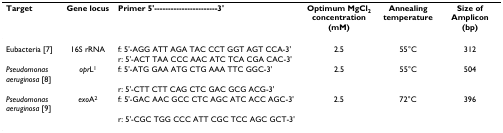
<table><thead><tr><td><b>Target</b></td><td><b>Gene locus</b></td><td><b>Primer 5&#x27;-----------------------3&#x27;</b></td><td><b>Optimum MgCl<sub>2 </sub>concentration (mM)</b></td><td><b>Annealing temperature</b></td><td><b>Size of Amplicon (bp)</b></td></tr></thead><tbody><tr><td>Eubacteria [7]</td><td>16S rRNA</td><td>f: 5&#x27;-AGG ATT AGA TAC CCT GGT AGT CCA-3&#x27;</td><td>2.5</td><td>55°C</td><td>312</td></tr><tr><td></td><td></td><td>r: 5&#x27;-ACT TAA CCC AAC ATC TCA CGA CAC-3&#x27;</td><td></td><td></td><td></td></tr><tr><td><i>Pseudomonas aeruginosa </i>[8]</td><td><i>opr</i>L<sup>1</sup></td><td>f: 5&#x27;-ATG GAA ATG CTG AAA TTC GGC-3&#x27;</td><td>2.5</td><td>55°C</td><td>504</td></tr><tr><td></td><td></td><td>r: 5&#x27;-CTT CTT CAG CTC GAC GCG ACG-3&#x27;</td><td></td><td></td><td></td></tr><tr><td><i>Pseudomonas aeruginosa </i>[9]</td><td><i>exo</i>A<sup>2</sup></td><td>f: 5&#x27;-GAC AAC GCC CTC AGC ATC ACC AGC-3&#x27;</td><td>2.5</td><td>72°C</td><td>396</td></tr><tr><td></td><td></td><td>r: 5&#x27;-CGC TGG CCC ATT CGC TCC AGC GCT-3&#x27;</td><td></td><td></td><td></td></tr></tbody></table>